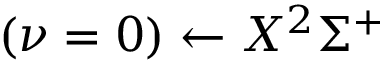
( \nu = 0 ) \leftarrow X ^ { 2 } \Sigma ^ { + }